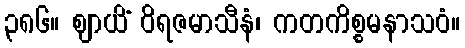
၃၈၆။ ဈာယိံ ဝိရဇမာသီနံ၊ ကတကိစ္စမနာသဝံ။